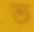
ভ